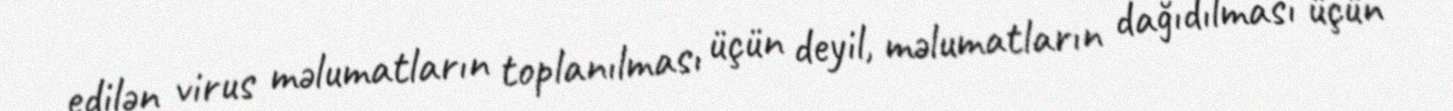
edilən virus məlumatların toplanılması üçün deyil, məlumatların dağıdılması üçün